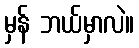
မှန် ဘယ်မှာလဲ။